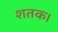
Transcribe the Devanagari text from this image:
शतक।